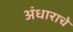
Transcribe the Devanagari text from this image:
अंधाराचे